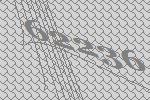
62236